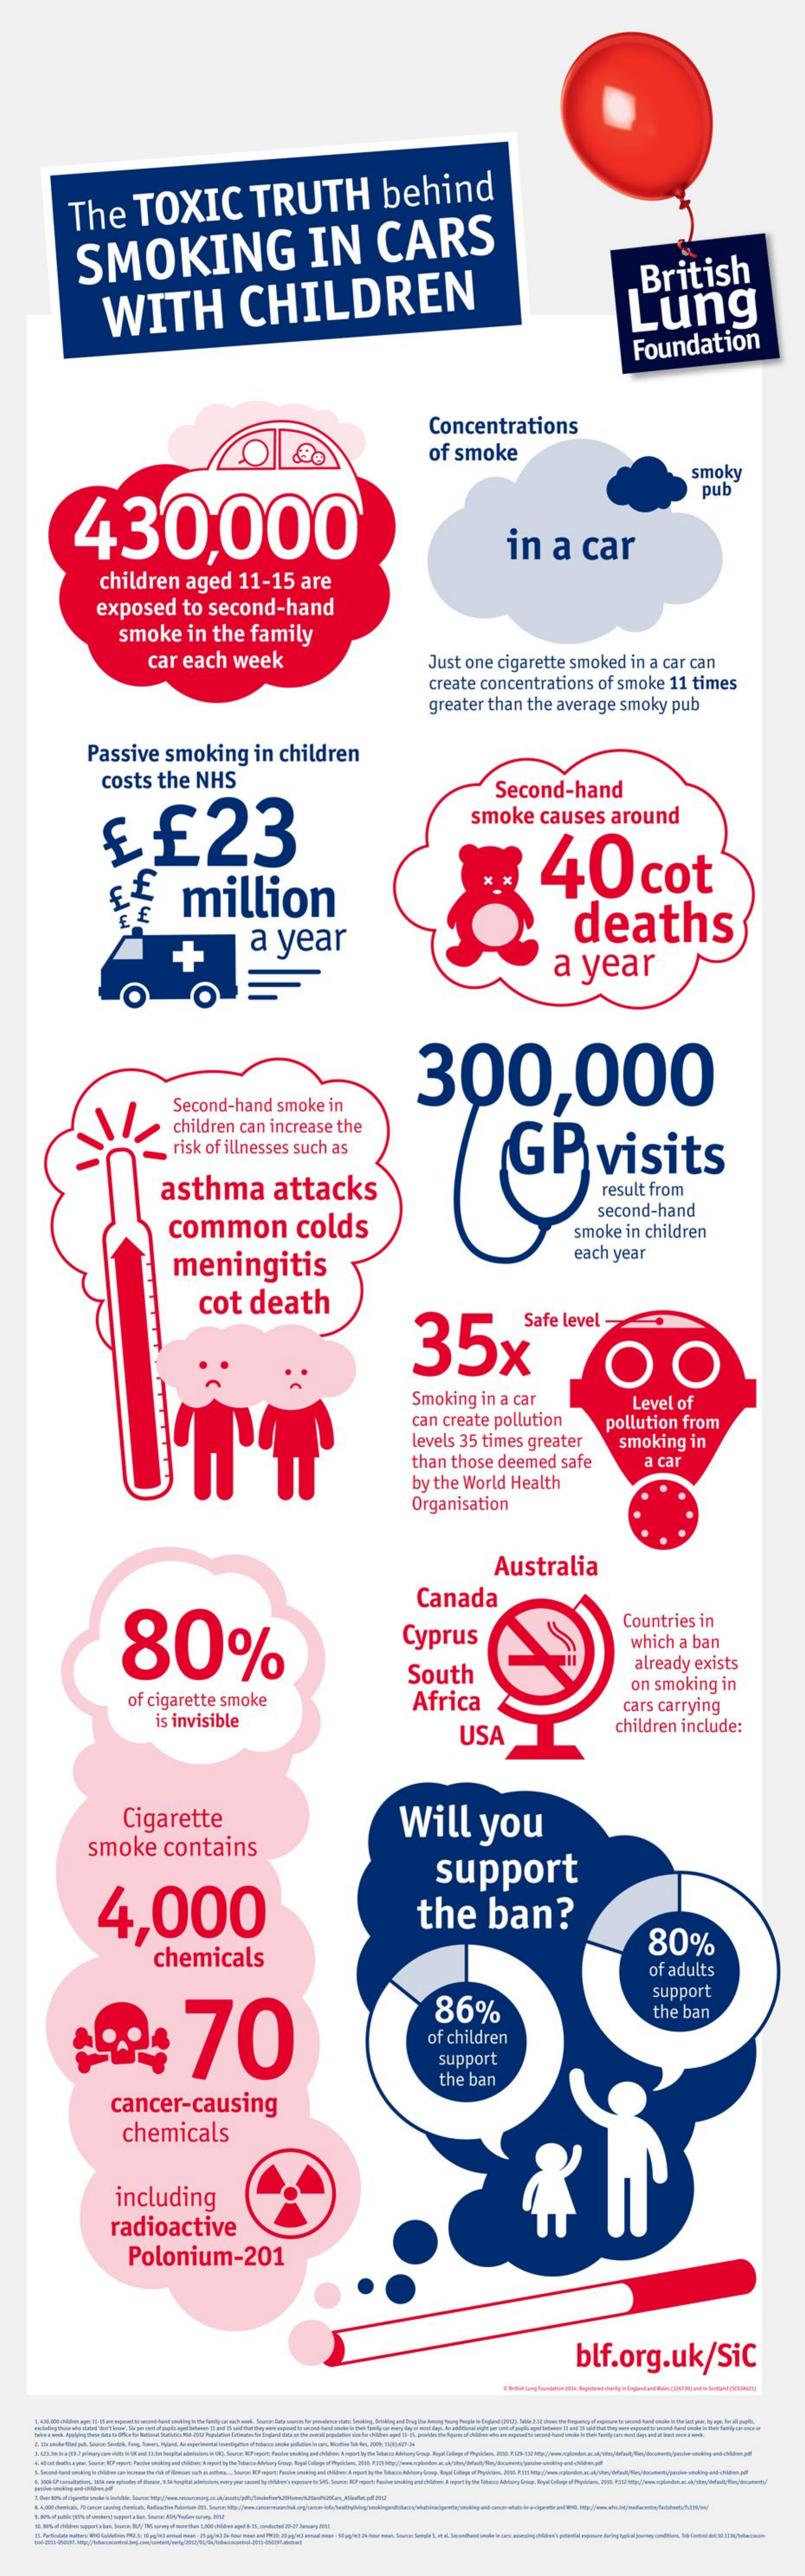
The  TOXIC   TRUTH    behind
     SMOKING    IN   CARS
     WITH    CHILDREN
     British
     Lung
     Foundation
     Concentrations
     of smoke
     smoky
     430,000
     pub
     in  a car
     children aged 11-15 are
     exposed to second-hand
     smoke in the family
     car each week    Just one cigarette smoked in a car can
     create concentrations of smoke 11 times
     greater than the average smoky pub
     Passive smoking in children
     costs the NHS    Second-hand
     ££23
     smoke causes around
     million
     40    cot
     a year
     deaths
     a year
     O    TO
     300,000
     Second-hand smoke in
     children can increase the
     GP   visits risk of illnesses such as
     asthma  attacks    result from
     common   colds
     second-hand
     smoke in children
     meningitis
     each year
     cot death
     35x    OO
     Smoking in a car
     can create pollution
     Level of
     levels 35 times greater
     pollution from
     than those deemed safe
     smoking in
     a car
     by the World Health
     Organisation
     Australia
     80%
     Canada
     Cyprus
     Countries in
     which a ban
     South    already exists
     of cigarette smoke   Africa
     on smoking in
     is invisible
     cars carrying
     USA    children include:
     Cigarette    Will you
     smoke contains
     4,000
     support
     the  ban?
     chemicals
     80%
     of adults
     70
     86%
     support
     the ban
     of children
     support
     cancer-causing
     the ban
     chemicals
     including
     radioactive
     Polonium-201
     blf.org.uk/Sic